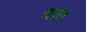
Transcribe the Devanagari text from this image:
द्यात